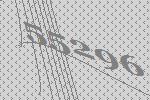
55296